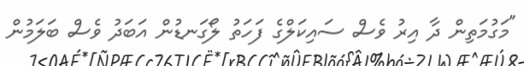
"މަގުމަތިން ދާ އިރު ވެސް ސައިކަލްގެ ފަހަތު ލޯގަނޑުން އަބަދު ވެސް ބަލަމުން